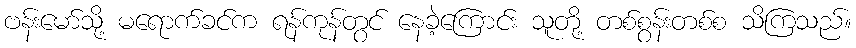
ဗန်းမော်သို့ မရောက်ခင်က ရန်ကုန်တွင် နေခဲ့ကြောင်း သူတို့ တစ်စွန်းတစ်စ သိကြသည်။